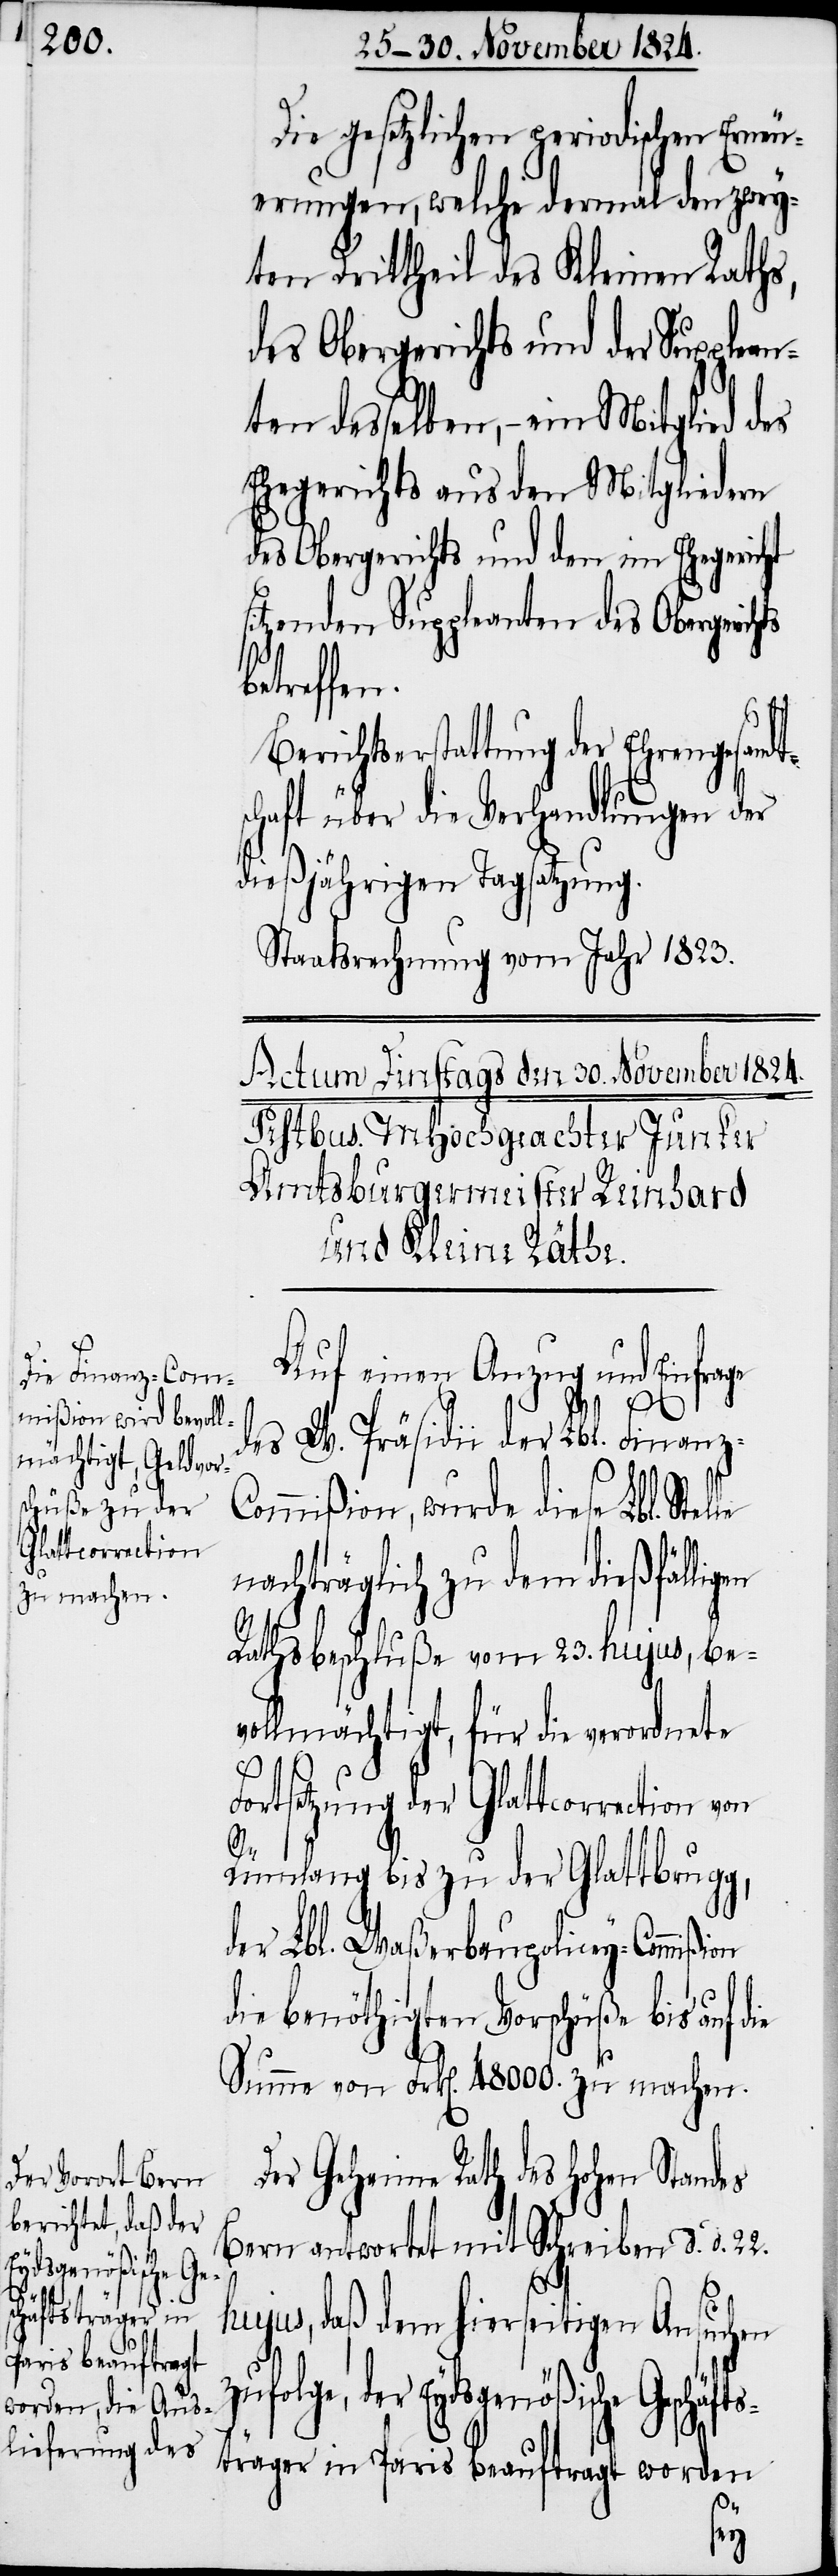
Die gesetzlichen periodischen Erneu¬
erungen, welche dermal den zwey¬
ten Drittheil des Kleinen Rathes,
des Obergerichts und der Supplea¬
ten desselben, – ein Mitglied des
Ehegerichts aus den Mitgliedern
des Obergerichts und den im Ehegericht
itzenden Suppleanten des Obergeric¬
etreffen.
chaft über die Verhandlungen der
dießjährigen Tagsatzung.
Staatsrechnung vom Jahr 1823.
Auf einen Anzug und Einfrage
des W. Präsidii der Lbl. Finanz-C¬
ommißion, wurde diese Lbl. Stel¬
nachträglich zu dem dießfälligen
Rathsbeschluße vom 23. hujus, be¬
vollmächtigt, für die verordnete
Fortsetzung der Glattcorrection von
ie
Rümlang bis zu der Glattbrugg,
der Lbl. Waßerbaupolicey-Commißion
die benöthigten Vorschüße bis auf d¬
Summe von Frk[en]. 48000. zu machen.
er Geheime Rath des Hohen Standes
Bern antwortet mit Schreiben d. d. 22.
hujus, daß dem hierseitigen Ansuchen
sche Geschäfts¬
träger in Paris beauftragt worden
D¬
n¬